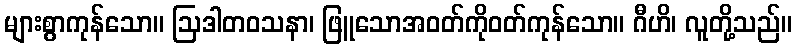
များစွာကုန်သော။ ဩဒါတဝသနာ၊ ဖြူသောအဝတ်ကိုဝတ်ကုန်သော။ ဂီဟိ၊ လူတို့သည်။